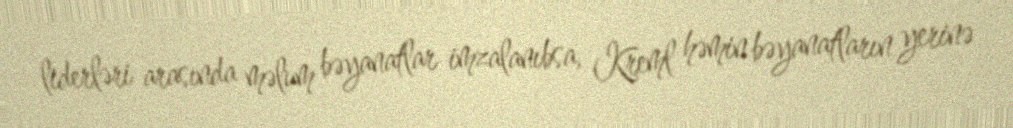
liderləri arasında məlum bəyanatlar imzalanıbsa, Kreml həmin bəyanatların yerinə